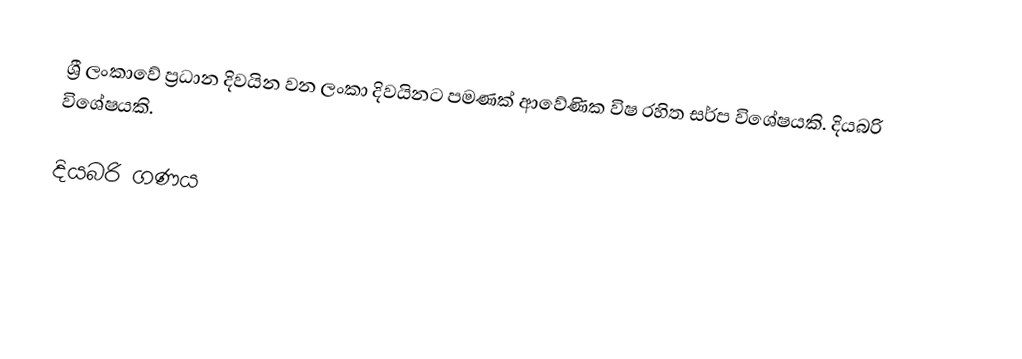
ශ්‍රී ලංකාවේ ප්‍රධාන දිවයින වන ලංකා දිවයිනට පමණක් ආවේණික විෂ රහිත සර්ප විශේෂයකි. දියබරි විශේෂයකි.

දියබරි ගණය